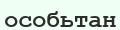
особьтан